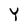
Character: Y